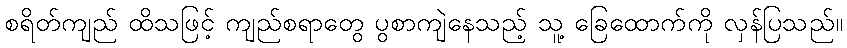
စရိတ်ကျည် ထိသဖြင့် ကျည်စရာတွေ ပွစာကျဲနေသည့် သူ့ ခြေထောက်ကို လှန်ပြသည်။